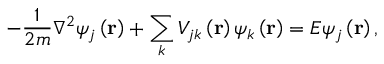
- \frac { 1 } { 2 m } \nabla ^ { 2 } \psi _ { j } \left( \mathbf { r } \right) + \sum _ { k } V _ { j k } \left( \mathbf { r } \right) \psi _ { k } \left( \mathbf { r } \right) = E \psi _ { j } \left( \mathbf { r } \right) ,